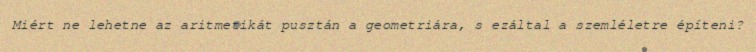
Miért ne lehetne az aritmetikát pusztán a geometriára, s ezáltal a szemléletre építeni?